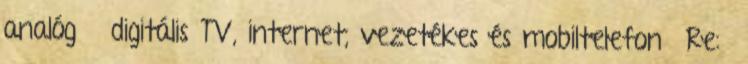
analóg digitális TV, internet, vezetékes és mobiltelefon Re: